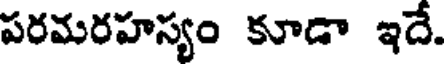
పరమరహస్యం కూడా ఇదే.